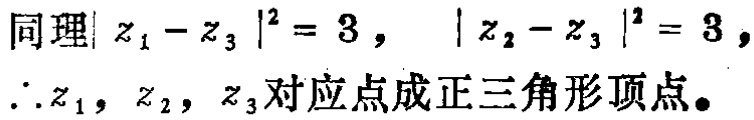
同理\(\vert z_{1} - z_{3} \vert^{2} = 3\)， \(\vert z_{2} - z_{3} \vert^{2} = 3\)，
\(\therefore z_{1}\)，\(z_{2}\)，\(z_{3}\)对应点成正三角形顶点。